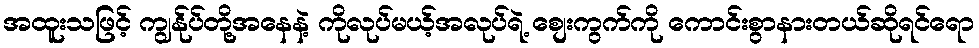
အထူးသဖြင့် ကျွန်ုပ်တို့အနေနဲ့ ကိုလုပ်မယ့်အလုပ်ရဲ့ စျေးကွက်ကို ကောင်းစွာနားတယ်ဆိုရင်ရော